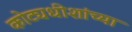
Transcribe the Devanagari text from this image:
कोट्यधीशांच्या